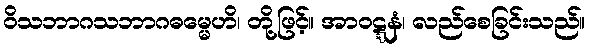
ဝိသဘာဂသဘာဂဓမ္မေဟိ၊ တို့ဖြင့်။ အာဝဋ္ဋနံ၊ လည်စေခြင်းသည်။